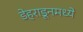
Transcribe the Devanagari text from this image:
डेहराडूनमध्ये